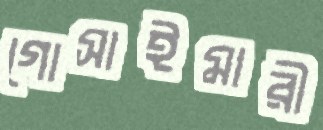
গোসাইমারী